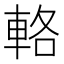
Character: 輅